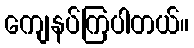
ကျေနပ်ကြပါတယ်။